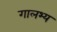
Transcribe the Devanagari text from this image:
गालभ्य